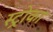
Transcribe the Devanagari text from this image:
स्ट्रोका